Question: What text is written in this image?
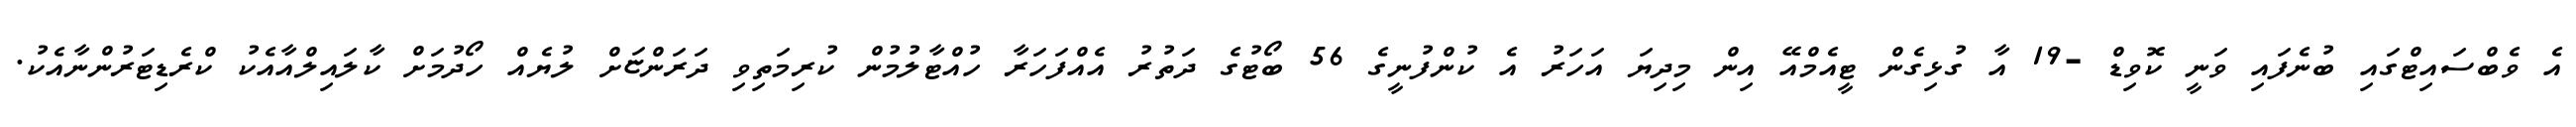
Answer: އެ ވެބްސައިޓްގައި ބުނެފައި ވަނީ ކޮވިޑް -19 އާ ގުޅިގެން ޓީއެމްއޭ އިން މިދިޔަ އަހަރު އެ ކުންފުނީގެ 56 ބޯޓުގެ ދަތުރު އެއްފަހަރާ ހުއްޓާލުމުން ކުރިމަތިވި ދަރަންޏަށް ލުޔެއް ހޯދުމަށް ކާލައިލްއާއެކު ކްރެޑިޓަރުންނާއެކު.